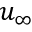
u _ { \infty }